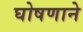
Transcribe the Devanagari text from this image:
घोषणाने